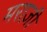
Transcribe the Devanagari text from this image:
मराज़ी